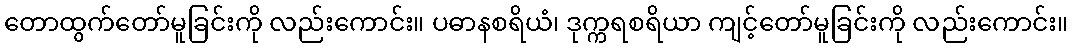
တောထွက်တော်မူခြင်းကို လည်းကောင်း။ ပဓာနစရိယံ၊ ဒုက္ကရစရိယာ ကျင့်တော်မူခြင်းကို လည်းကောင်း။